Indian journal of veterinary science and animal husbandry - Volume 2,
Year: 1932
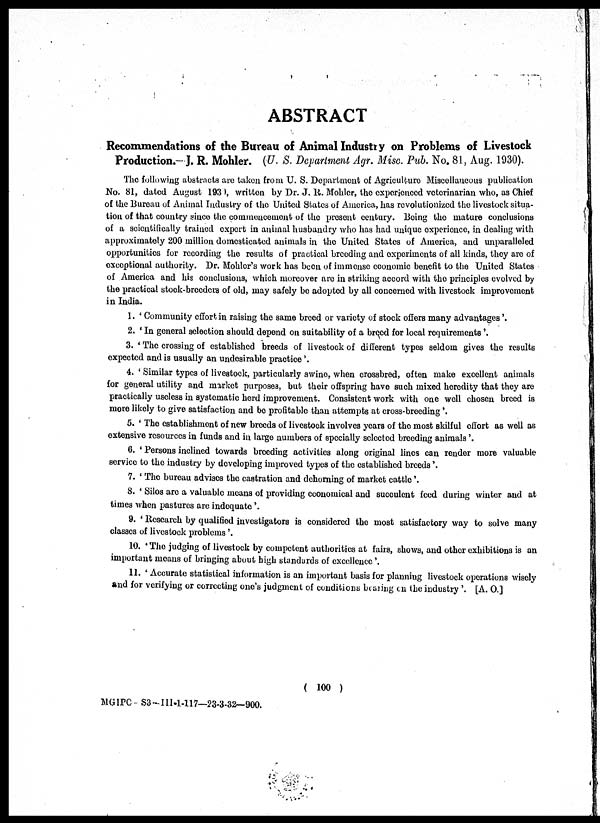
ABSTRACT
Recommendations of the Bureau of Animal Industry on Problems of Livestock
Production.- J. R. Mohler. (U. S. Department Agr. Misc. Pub. No. 81, Aug. 1930).
The following abstracts are taken from U. S. Department of Agriculture Miscellaneous publication
No. 81, dated August 1939, written by Dr. J. R. Mohler, the experienced veterinarian who, as Chief
of the Bureau of Animal Industry of the United States of America, has revolutionized the livestock situa-
tion of that country since the commencement of the present century. Being the mature conclusions
of a scientifically trained expert in animal husbandry who has had unique experience, in dealing with
approximately 200 million domesticated animals in the United States of America, and unparalleled
opportunities for recording the results of practical breeding and experiments of all kinds, they are of
exceptional authority. Dr. Mohler's work has been of immense economic benefit to the United States
of America and his conclusions, which moreover are in striking accord with the principles evolved by
the practical stock-breeders of old, may safely be adopted by all concerned with livestock improvement
in India.
1. ' Community effort in raising the same breed or variety of stock offers many advantages'.
2. ' In general selection should depend on suitability of a breed for local requirements'.
3. ' The crossing of established breeds of livestock of different types seldom gives the results
expected and is usually an undesirable practice'.
4. ' Similar types of livestock, particularly swine, when crossbred, often make excellent animals
for general utility and market purposes, but their offspring have such mixed heredity that they are
practically useless in systematic herd improvement. Consistent work with one well chosen breed is
more likely to give satisfaction and be profitable than attempts at cross-breeding'.
5. ' The establishment of new breeds of livestock involves years of the most skilful effort as well as
extensive resources in funds and in large numbers of specially selected breeding animals'.
6. ' Persons inclined towards breeding activities along original lines can render more valuable
service to the industry by developing improved types of the established breeds '.
7. ' The bureau advises the castration and dehorning of market cattle'.
8. ' Silos are a valuable means of providing economical and succulent feed during winter and at
times when pastures are indequate '.
9. ' Research by qualified investigators is considered the most satisfactory way to solve many
classes of livestock problems '.
10. ' The judging of livestock by competent authorities at fairs, shows, and other exhibitions is an
important means of bringing about high standards of excellence '.
11. ' Accurate statistical information is an important basis for planning livestock operations wisely
and for verifying or correcting one's judgment of conditions bearing on the industry '. [A. O.]
( 100 )
MGIPC— S3 — III.1-117—23-3-32— 900.